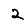
Digit: 2